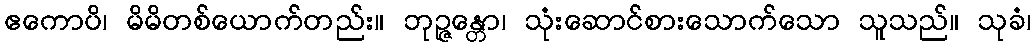
ဧကောပိ၊ မိမိတစ်ယောက်တည်း။ ဘုဉ္ဇန္တော၊ သုံးဆောင်စားသောက်သော သူသည်။ သုခံ၊